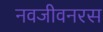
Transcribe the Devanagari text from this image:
नवजीवनरस